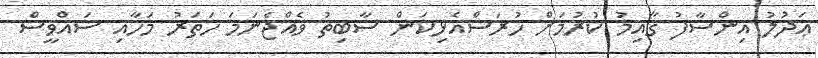
ޢަދުލު އިންސާފު ޤާއިމު ކުރުމަށް ހުރަސްއެޅިކަން ސާބިތު ވެއްޖެނަމަ ހަތަރު މަހާއި ސައްވީސް